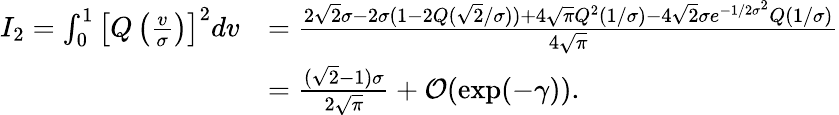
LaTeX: \begin{array}{rl}{I_{2}=\int_{0}^{1}\left[Q\left(\frac{v}{\sigma}\right)\right]^{2}dv}&{=\frac{2\sqrt{2}\sigma-2\sigma(1-2Q(\sqrt{2}/\sigma))+4\sqrt{\pi}Q^{2}(1/\sigma)-4\sqrt{2}\sigma e^{-1/2\sigma^{2}}Q(1/\sigma)}{4\sqrt{\pi}}}\\ &{=\frac{(\sqrt{2}-1)\sigma}{2\sqrt{\pi}}+\mathcal{O}(\exp(-\gamma)).}\end{array}